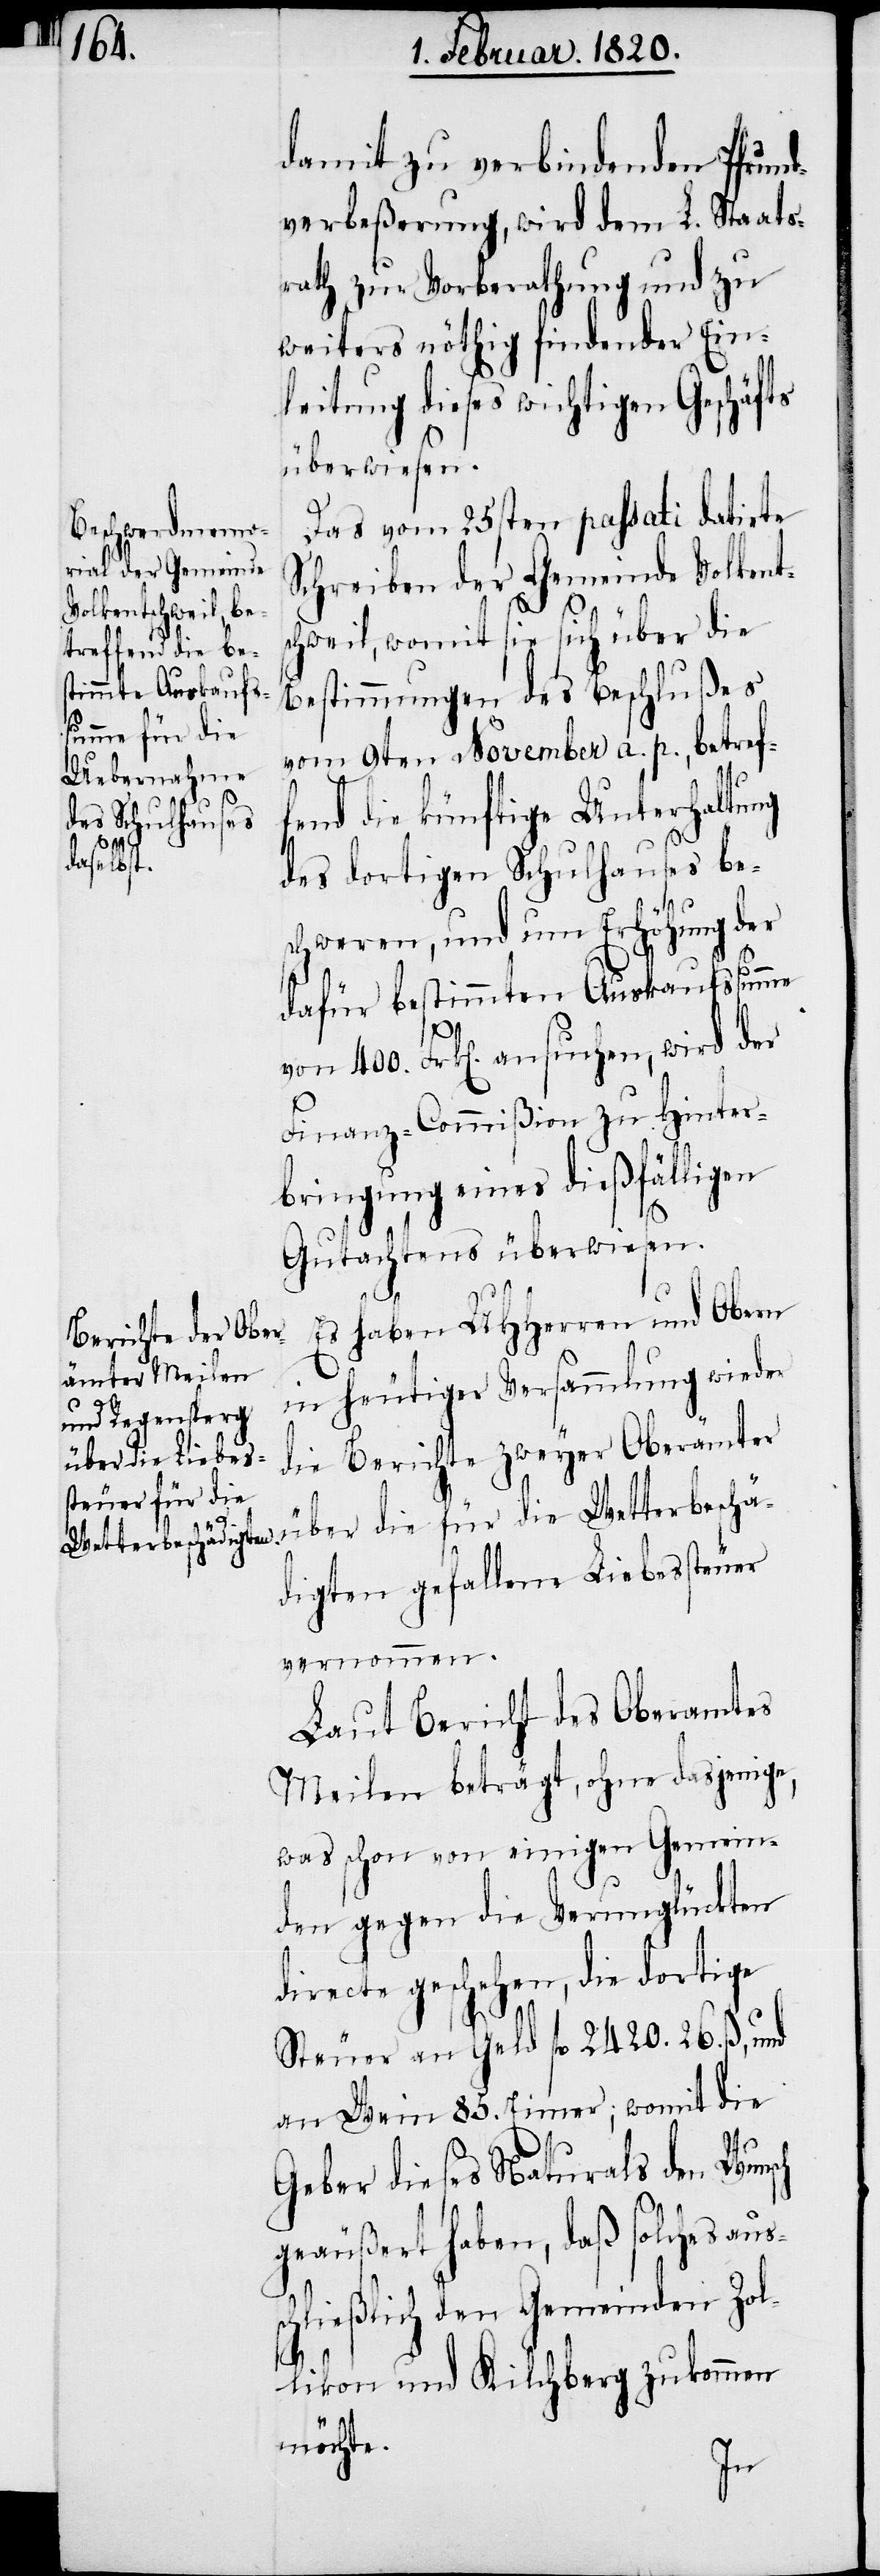
damit zu verbindenden Pfrund¬
verbeßerung, wird dem L. Staats¬
rath zur Vorberathung und zu
weiters nöthig findender Ein¬
leitung dieses wichtigen Geschäfts
überwiesen.
Das vom 25sten passati datirte
Schreiben der Gemeinde Volkents¬
chweil, womit sie sich über die
Bestimmungen des Beschlußes
vom 9ten November a. p., betref¬
end die künftige Unterhaltung
des dortigen Schulhauses be¬
schweren, und um Erhöhung der
dafür bestimmten Auskaufssumme
s¬
von 400. Frk[en]. ansuchen, wird der
Finanz-Commißion zu Hinter¬
bringung eines dießfälligen
Gutachtens überwiesen.
Es haben UHHerren und Obern
in heutiger Versammlung wieder
die Berichte zweyer Oberämter
über die für die Wetterbeschä¬
digten gefallene Liebessteuer
vernommen.
Laut Bericht des Oberamtes
Meilen beträgt, ohne dasjenige,
was schon von einigen Gemein¬
den gegen die Verunglückten
directe geschehen, die dortige
Steuer an Geld fl 2420. 26. ß, un¬
d Wein 85. Eimer; womit die
Geber dieses Naturals den Wuns¬
geäußert haben, daß solches aus¬
chließlich den Gemeinden Zol¬
likon und Kilchberg zukommen
möchte.